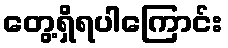
တွေ့ရှိရပါကြောင်း